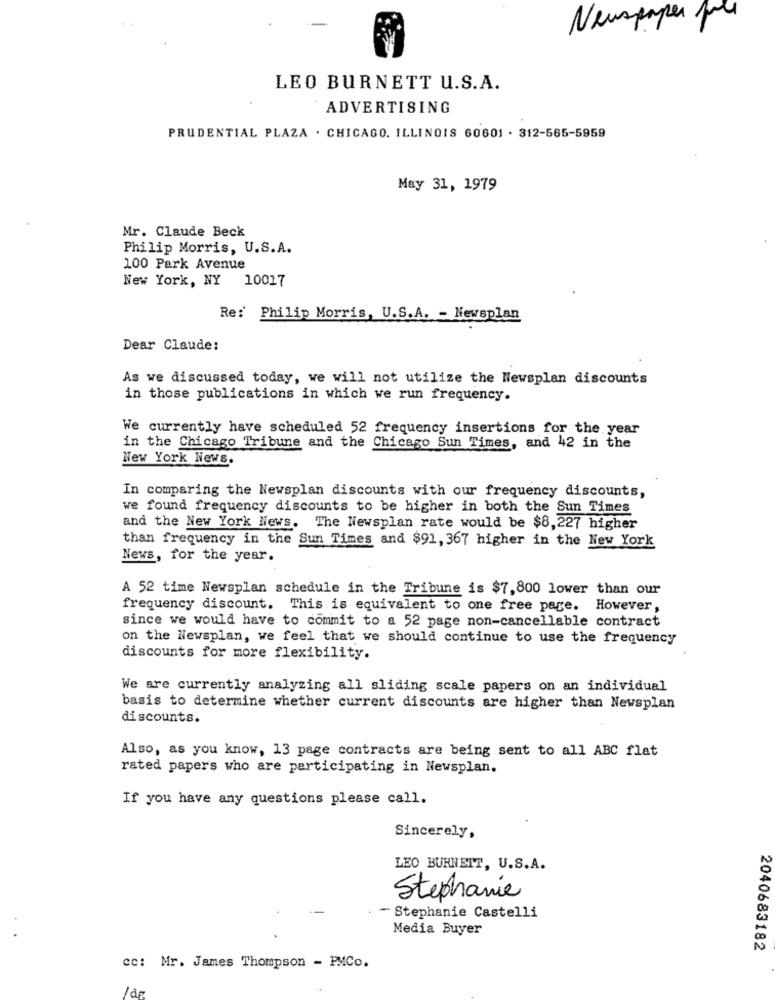
Newspaper por
LEO BURNETT U.S.A.
ADVERTISING
PRUDENTIAL PLAZA . CHICAGO, ILLINOIS 60601 . 312-565-5959
May 31, 1979
Mr. Claude Beck
Philip Morris, U.S.A.
100 Park Avenue
New York, NY 10017
Re: Philip Morris, U.S.A. - Newsplan
Dear Claude:
As we discussed today, we will not utilize the Newsplan discounts
in those publications in which we run frequency.
We currently have scheduled 52 frequency insertions for the year
in the Chicago Tribune and the Chicago Sun Times, and 42 in the
New York News.
In comparing the Newsplan discounts with our frequency discounts,
we found frequency discounts to be higher in both the Sun Times
and the New York News. The Newsplan rate would be $8,227 higher
than frequency in the Sun Times and $91, 367 higher in the New York
News, for the year.
A 52 time Newsplan schedule in the Tribune is $7,800 lower than our
frequency discount. This is equivalent to one free page. However,
since we would have to commit to a 52 page non-cancellable contract
on the Newsplan, we feel that we should continue to use the frequency
discounts for more flexibility.
We are currently analyzing all sliding scale papers on an individual
basis to determine whether current discounts are higher than Newsplan
discounts.
Also, as you know, 13 page contracts are being sent to all ABC flat
rated papers who are participating in Newsplan.
If you have any questions please call.
Sincerely,
LEO BURNETT, U.S.A.
Stephanie
Stephanie Castelli
Media Buyer
2040683182
cc: Mr. James Thompson - PMCo.